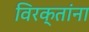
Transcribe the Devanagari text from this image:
विरक्तांना